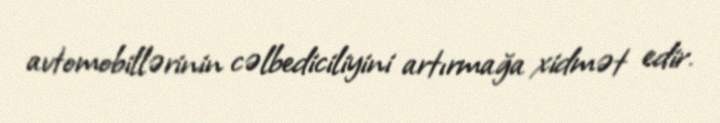
avtomobillərinin cəlbediciliyini artırmağa xidmət edir.